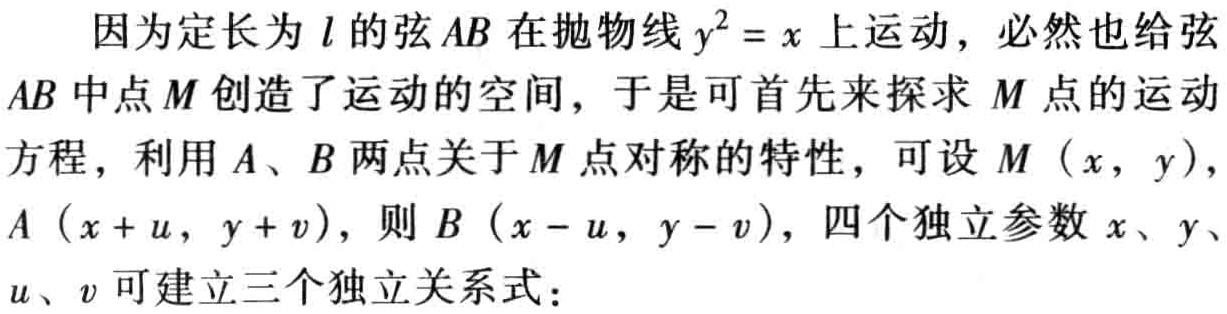
因为定长为\(l\)的弦\(AB\)在抛物线\(y^{2}=x\)上运动，必然也给弦\(AB\)中点\(M\)创造了运动的空间，于是可首先来探求\(M\)点的运动方程，利用\(A\)、\(B\)两点关于\(M\)点对称的特性，可设\(M(x,y)\)，\(A(x + u,y + v)\)，则\(B(x - u,y - v)\)，四个独立参数\(x\)、\(y\)、\(u\)、\(v\)可建立三个独立关系式：